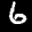
Label: 6